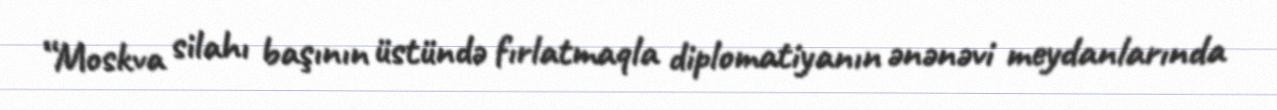
“Moskva silahı başının üstündə fırlatmaqla diplomatiyanın ənənəvi meydanlarında